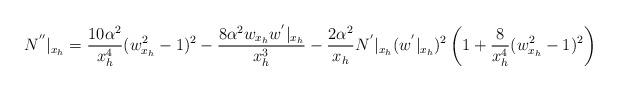
LaTeX: \begin{align*}N^{''}|_{x_h}=\frac{10\alpha^2}{x_h^4}(w_{x_h}^2-1)^2-\frac{8\alpha^2 w_{x_h}w^{'}|_{x_h}}{x_h^3}-\frac{2\alpha^2}{x_h}N^{'}|_{x_h}(w^{'}|_{x_h})^2\left(1+\frac{8}{x_h^4}(w_{x_h}^2-1)^2\right)\end{align*}